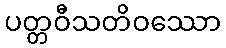
ပတ္တဝီသတိဝဿော